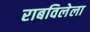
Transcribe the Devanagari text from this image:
राबविलेला